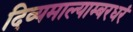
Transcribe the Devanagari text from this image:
दिव्यमाल्याम्बरधरं